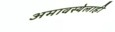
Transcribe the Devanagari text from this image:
अमावस्येलाही